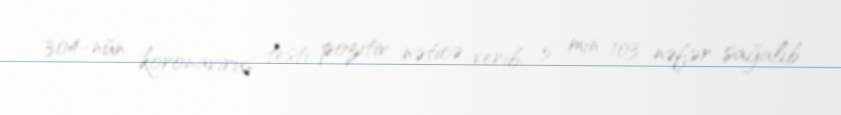
304-nün koronavirus testi pozitiv nəticə verib, 5 min 103 nəfər sağalıb.